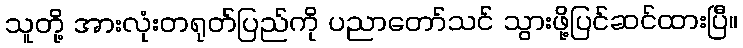
သူတို့ အားလုံးတရုတ်ပြည်ကို ပညာတော်သင် သွားဖို့ပြင်ဆင်ထားပြီ။